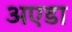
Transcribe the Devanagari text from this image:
अएडा